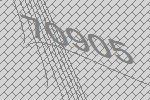
70905